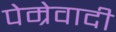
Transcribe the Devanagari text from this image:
पेम्रेवादी